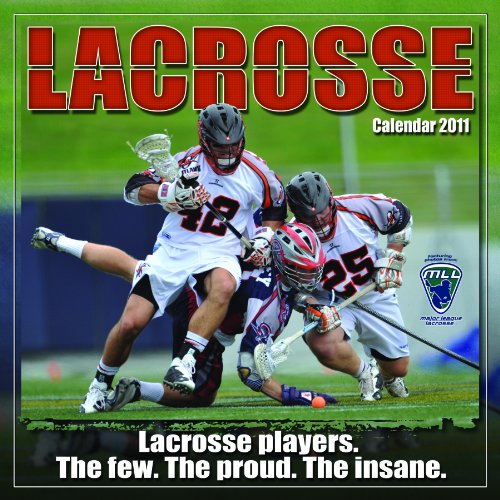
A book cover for Lacrosse 2011 Wall Calendar (Calendar); Sports & Outdoors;